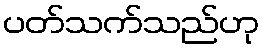
ပတ်သက်သည်ဟု